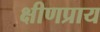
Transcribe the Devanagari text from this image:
क्षीणप्राय